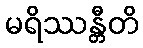
မရိဿန္တီတိ